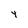
Character: 4